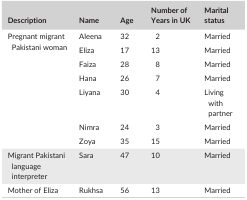
<table><thead><tr><td><b>Description</b></td><td><b>Name</b></td><td><b>Age</b></td><td><b>Number of Years in UK</b></td><td><b>Marital status</b></td></tr></thead><tbody><tr><td rowspan="7">Pregnant migrant Pakistani woman</td><td>Aleena</td><td>32</td><td>2</td><td>Married</td></tr><tr><td>Eliza</td><td>17</td><td>13</td><td>Married</td></tr><tr><td>Faiza</td><td>28</td><td>8</td><td>Married</td></tr><tr><td>Hana</td><td>26</td><td>7</td><td>Married</td></tr><tr><td>Liyana</td><td>30</td><td>4</td><td>Living with partner</td></tr><tr><td>Nimra</td><td>24</td><td>3</td><td>Married</td></tr><tr><td>Zoya</td><td>35</td><td>15</td><td>Married</td></tr><tr><td>Migrant Pakistani language interpreter</td><td>Sara</td><td>47</td><td>10</td><td>Married</td></tr><tr><td>Mother of Eliza</td><td>Rukhsa</td><td>56</td><td>13</td><td>Married</td></tr></tbody></table>